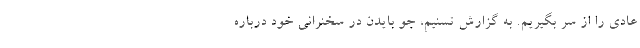
عادی را از سر بگیریم. به گزارش تسنیم، جو بایدن در سخنرانی خود درباره